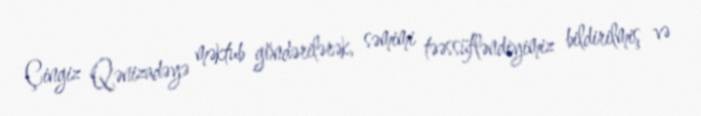
Çingiz Qənizadəyə məktub göndərilərək, səmimi təəssüfləndiyimiz bildirilmiş və